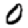
Digit: 0